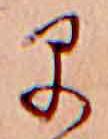
早